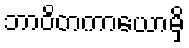
ဘာဝိတကာယောမှိ